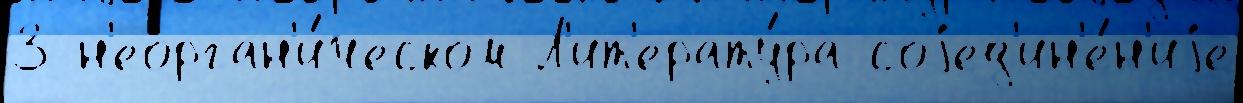
3 н'еорган'и́ческом Л'ит'ерату́ра соjед'ин'е́н'иjе